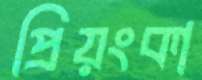
প্রিয়ংকা